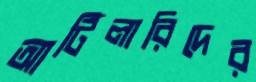
আর্টিলারিদের